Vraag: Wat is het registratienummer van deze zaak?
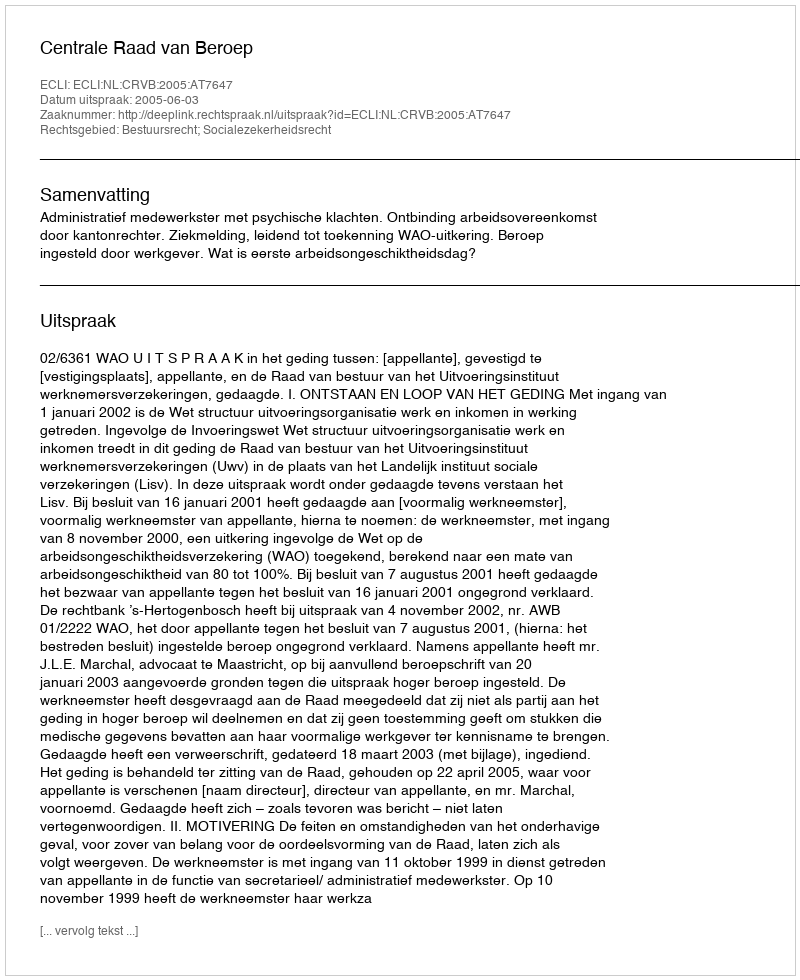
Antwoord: http://deeplink.rechtspraak.nl/uitspraak?id=ECLI:NL:CRVB:2005:AT7647